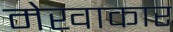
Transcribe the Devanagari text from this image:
मेखाकार